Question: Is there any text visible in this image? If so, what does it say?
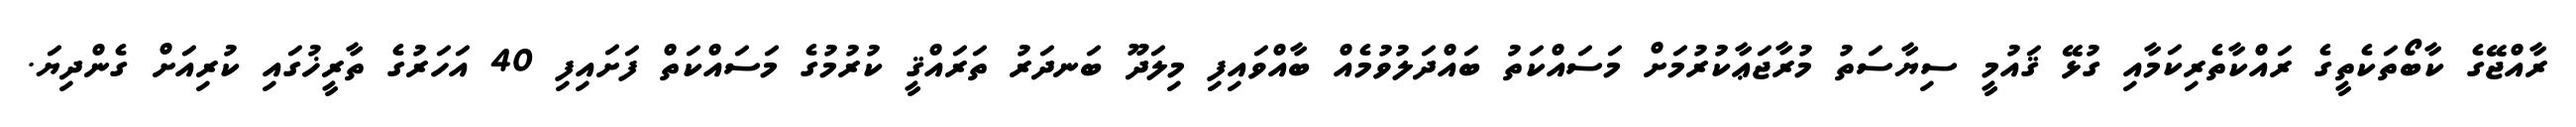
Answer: ރާއްޖޭގެ ކާބޯތަކެތީގެ ރައްކާތެރިކަމާއި ގުޅޭ ޤައުމީ ސިޔާސަތު މުރާޖަޢާކުރުމަށް މަސައްކަތު ބައްދަލުވުމެއް ބާއްވައިފި މިލަދޫ ބަނދަރު ތަރައްޤީ ކުރުމުގެ މަސައްކަތް ފަށައިފި 40 އަހަރުގެ ތާރީޚުގައި ކުރިއަށް ގެންދިޔަ.